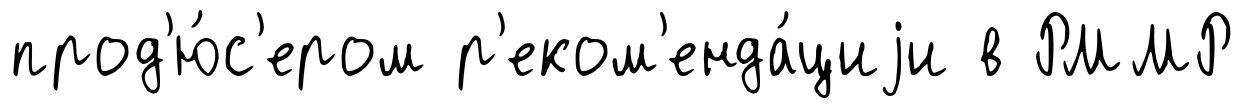
прод'ю́с'ером р'еком'енда́циjи в РММР